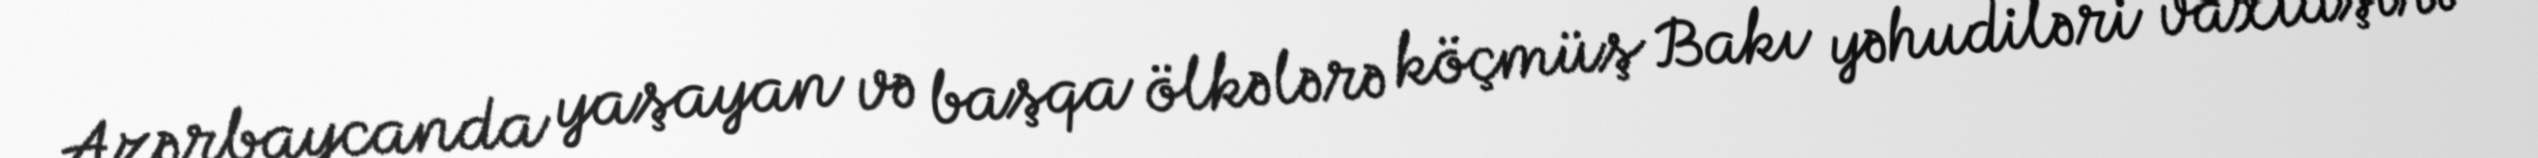
Azərbaycanda yaşayan və başqa ölkələrə köçmüş Bakı yəhudiləri vaxtaşırı